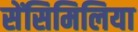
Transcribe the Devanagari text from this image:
सेंसिमिलिया